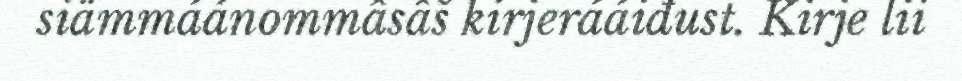
siämmáánommâsâš kirjerááiđust. Kirje lii